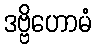
ဒဗ္ဗိဟောမံ